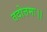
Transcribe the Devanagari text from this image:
तदोत्तमः।।